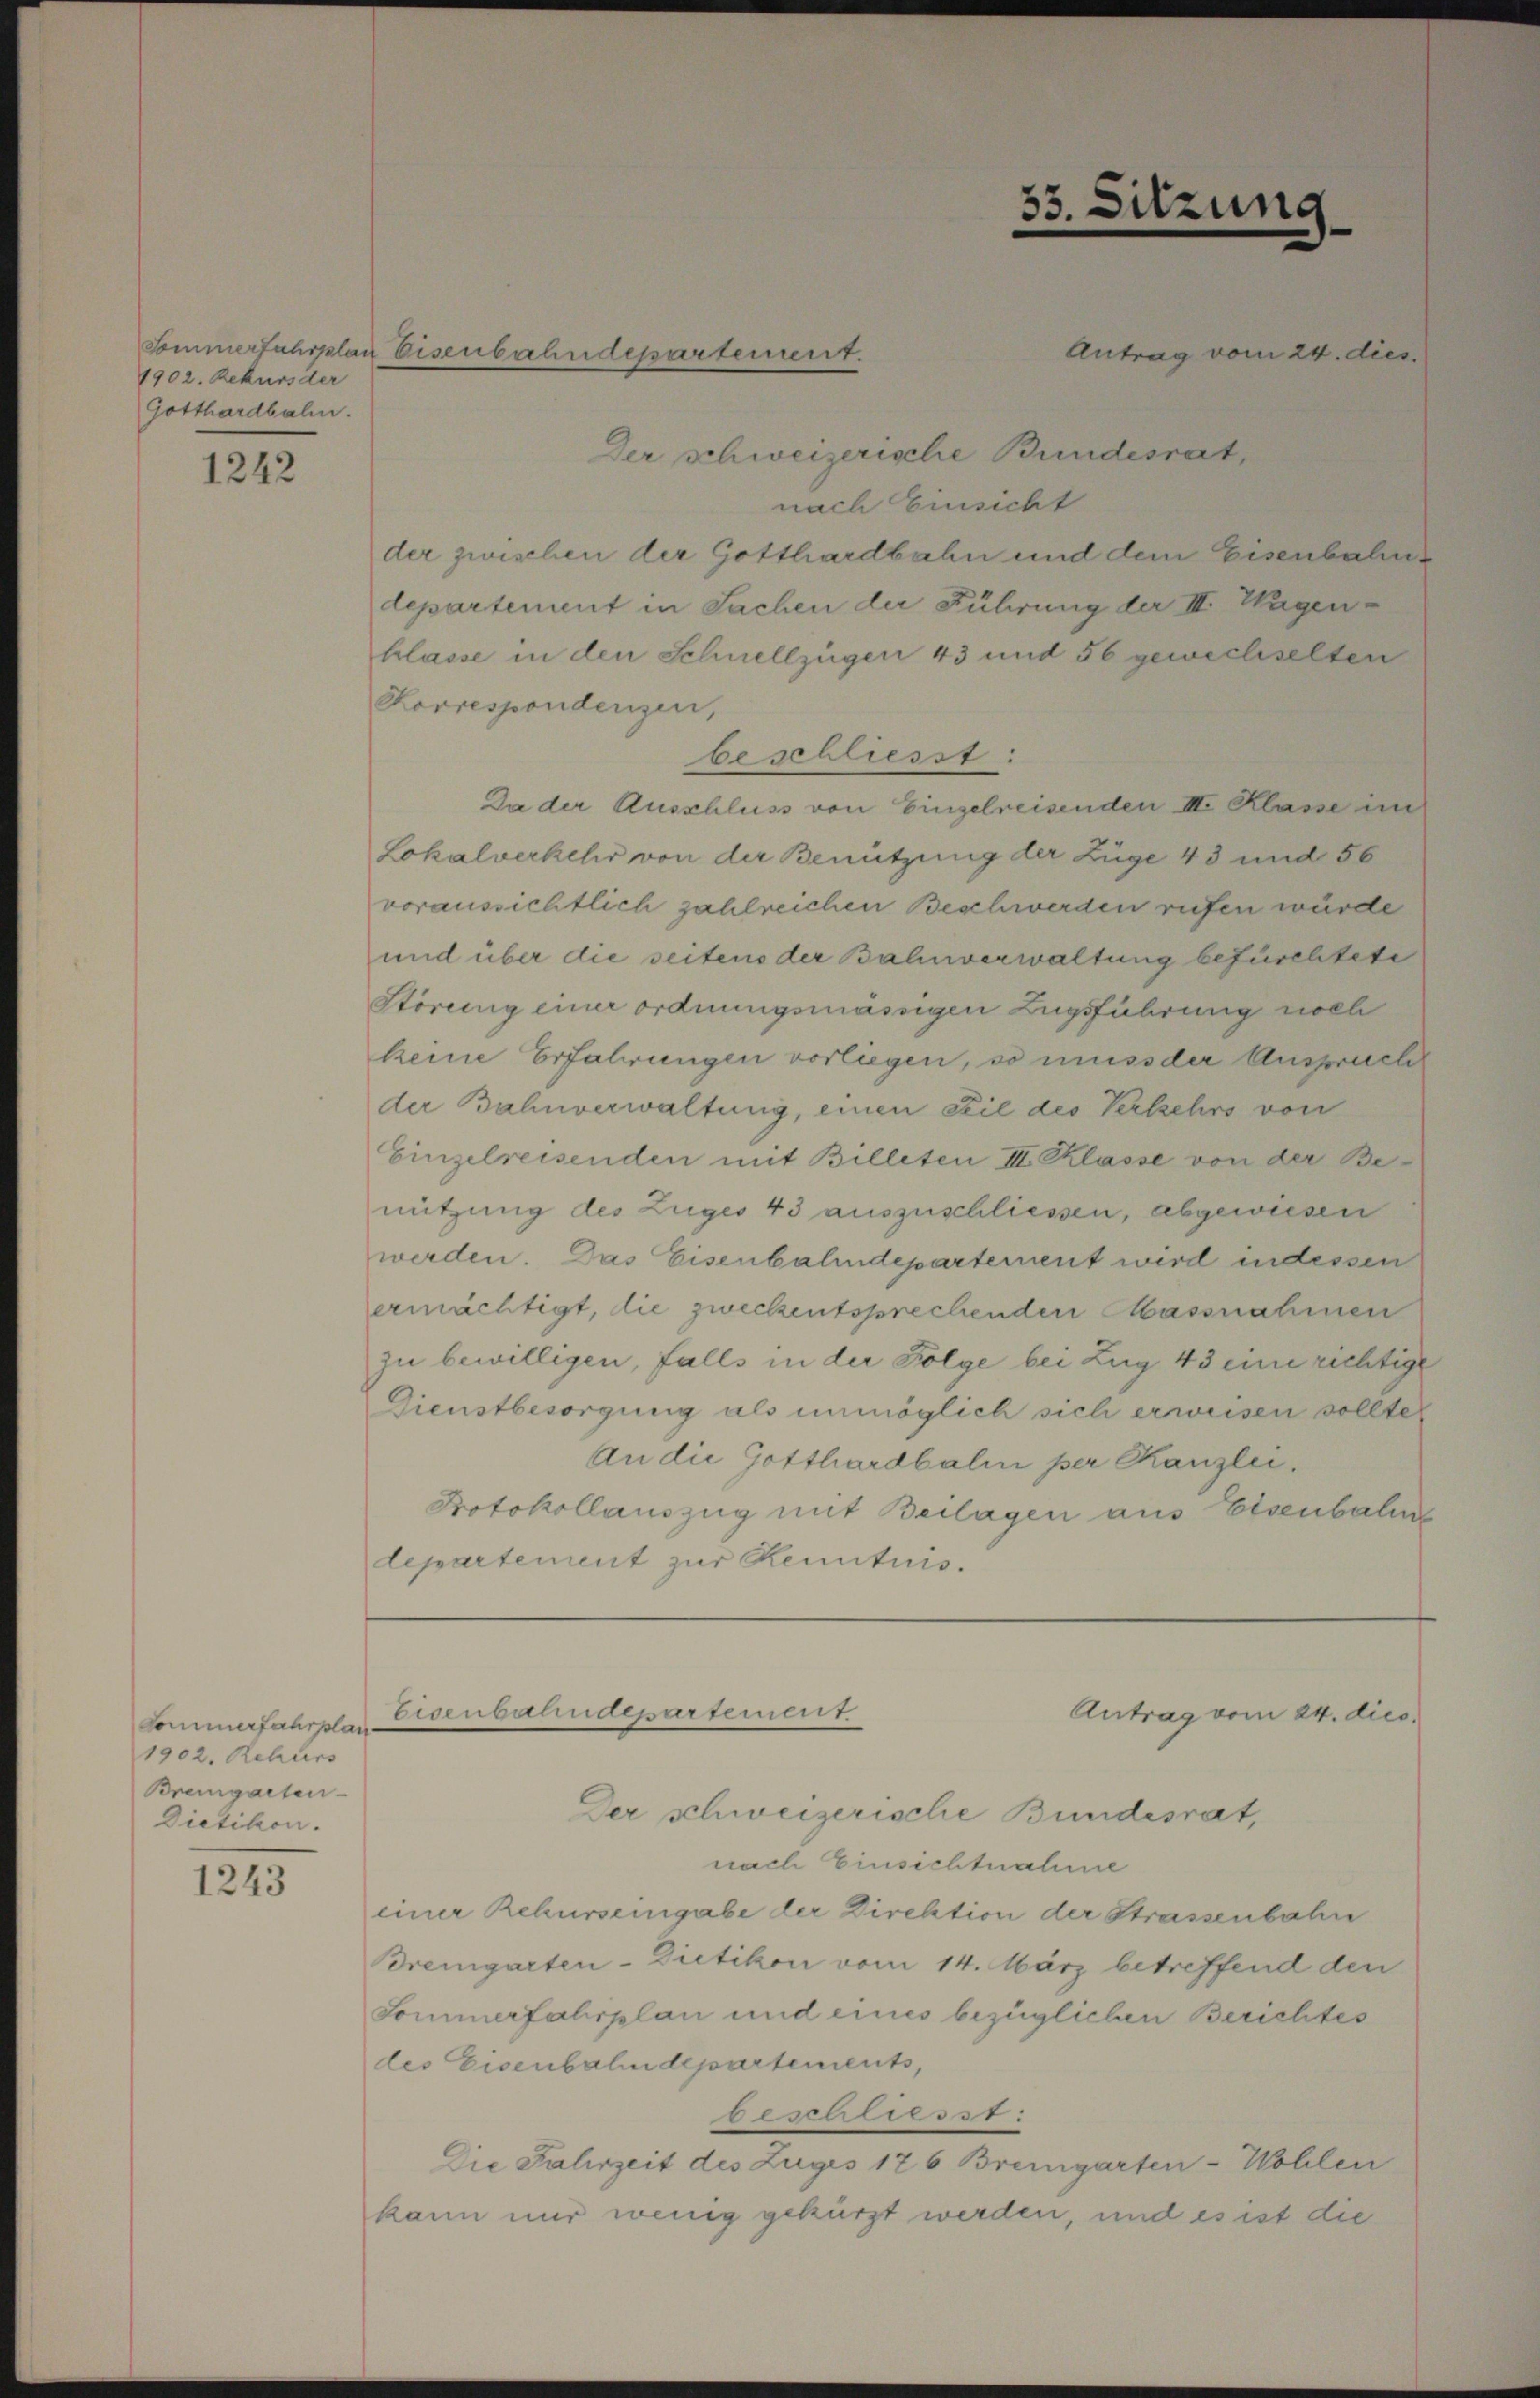
1902. Rekurs der
Gotthardbahn.

1242

Sommerfahrplan
1902. Rehlers
Bremgarten-
Dietikon.

1243

Der schweizerische Bundesrat,
nach Einsicht
der zwischen der Gotthardbahn und dem Eisenbahndepartement in Sachen der Führung der III. Wagenblasse in den Schnellzügen 43 und 56 gewechselten
Korrespondenzen,
beschliesst:
Da der Ausschluss von Einzelreisenden III. Klasse im
Lokalverkehr von der Benützung der Züge 43 und 56
voraussichtlich zahlreichen Beschwerden rufen würde
und über die seitens der Bahnverwaltung befürchtete
Störung einer ordnungsmässigen Zugsführung noch
keine Erfahrungen vorliegen, so muss der Anspruch
der Bahnverwaltung, einen Teil des Verkehrs von
Einzelreisenden mit Billeten III. Klasse von der Benützung des Zuges 43 auszuschliessen, abgewiesen
werden. Das Eisenbahndepartement wird indessen
ermächtigt, die zweckentsprechenden Massnahmen
zu bewilligen, falls in der Folge bei Zug 43 eine richtige
Dienstbesorgung als unmöglich sich erweisen sollte,
An die Gotthardbali per Kanzlei.
Protokollauszug mit Beilagen aus Eisenbahn
departement zur Kenntnis.

Sommerfahrplan Eisenbahndepartement.

Eisenbahndepartement

33. Sitzung

Antrag vom 24. dies

Antrag vom 24. dies

Der schweizerische Bundesrat,
nach Einsichtnahme
einer Rekurseingabe der Direktion der Strassenbahn
Bremgarten-Dietikon vom 14. März betreffend den
Sommerfahrplan und eines bezüglichen Berichtes
des Eisenbahndepartements,
beschlasst:
Die Jahrzeit des Zuges 176 Bremgarten-Wohlen
kann mir wenig gekürzt werden, und es ist die